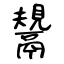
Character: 鬹